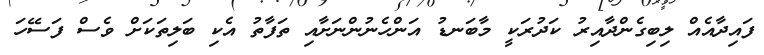
ފައިދާއެއް ލިބިގެންދާއިރު ކަދުރަކީ މާބަނޑު އަންހެނުންނަށާއި ތަފާތު އެކި ބަލިތަކަށް ވެސް ފަސޭހަ